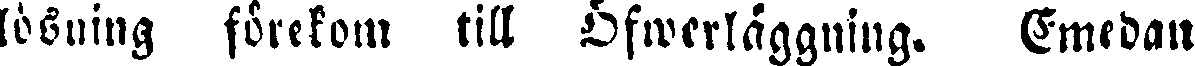
lösning förekom till Öflwerläggning. Emedan